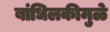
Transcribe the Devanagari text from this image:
बांधिलकीमुळे